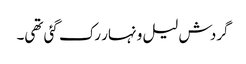
گردش لیل و نہار رک گئی تھی۔